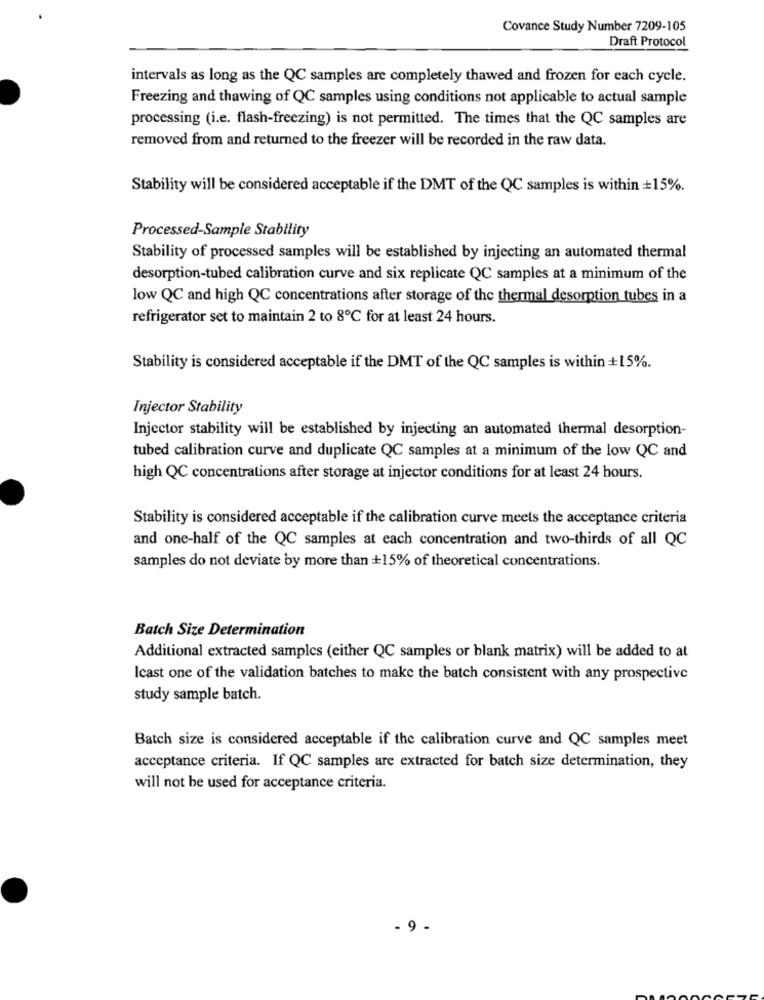
Covance Study Number 7209-105
Draft Protocol
intervals as long as the QC samples are completely thawed and frozen for each cycle.
Freezing and thawing of QC samples using conditions not applicable to actual sample
processing (i.e. flash-freezing) is not permitted. The times that the QC samples are
removed from and returned to the freezer will be recorded in the raw data.
Stability will be considered acceptable if the DMT of the QC samples is within +15%.
Processed-Sample Stability
Stability of processed samples will be established by injecting an automated thermal
desorption-tubed calibration curve and six replicate QC samples at a minimum of the
low QC and high QC concentrations after storage of the thermal desorption tubes in a
refrigerator set to maintain 2 to 8℃ for at least 24 hours.
Stability is considered acceptable if the DMT of the QC samples is within +15%.
Injector Stability
Injector stability will be established by injecting an automated thermal desorption-
tubed calibration curve and duplicate QC samples at a minimum of the low QC and
high QC concentrations after storage at injector conditions for at least 24 hours.
Stability is considered acceptable if the calibration curve meets the acceptance criteria
and one-half of the QC samples at each concentration and two-thirds of all QC
samples do not deviate by more than +15% of theoretical concentrations.
Batch Size Determination
Additional extracted samples (either QC samples or blank matrix) will be added to at
Icast one of the validation batches to make the batch consistent with any prospective
study sample batch.
Batch size is considered acceptable if the calibration curve and QC samples meet
acceptance criteria. If QC samples are extracted for batch size determination, they
will not be used for acceptance criteria.
9 .